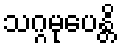
သဂ္ဂမုပေန္တိ